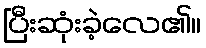
ပြီးဆုံးခဲ့လေ၏။